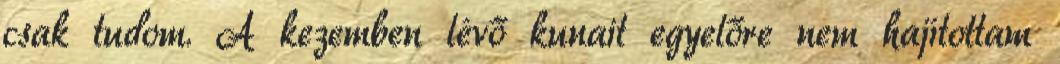
csak tudom. A kezemben lévő kunait egyelőre nem hajítottam